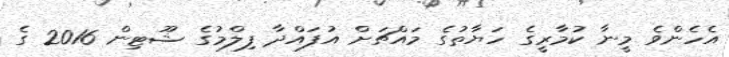
އެހެންވެ މީނާ ކުމާރީގެ ހަޔާތުގެ މައްޗަށް އުފައްދާ ފިލްމުގެ ޝޫޓިން 2016 ގެ